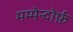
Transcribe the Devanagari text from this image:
मम्मेन्दोर्फ़